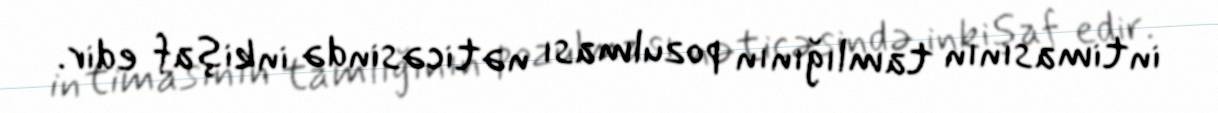
intimasının tamlığının pozulması nəticəsində inkişaf edir.